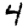
Digit: 4